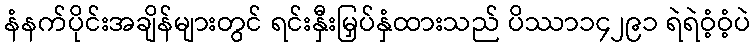
နံနက်ပိုင်းအချိန်များတွင် ရင်းနှီးမြှပ်နှံထားသည် ပိဿာ၁၄၂၉၁ ရဲရဲဝံ့ဝံ့ပဲ